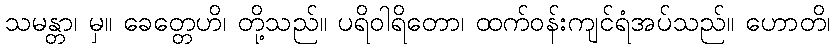
သမန္တာ၊ မှ။ ခေတ္တေဟိ၊ တို့သည်။ ပရိဝါရိတော၊ ထက်ဝန်းကျင်ရံအပ်သည်။ ဟောတိ၊